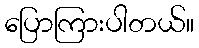
ပြောကြားပါတယ်။